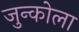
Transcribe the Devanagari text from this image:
जुन्कोला